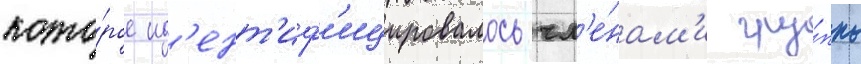
кото́рое ид'ент'иф'ицировалось чл'е́нам'и гру́ппы